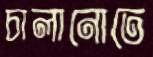
চালানোতে